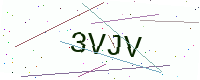
Text: 3VJV